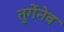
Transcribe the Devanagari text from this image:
तुर्गेनेव